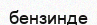
бензинде